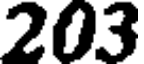
203